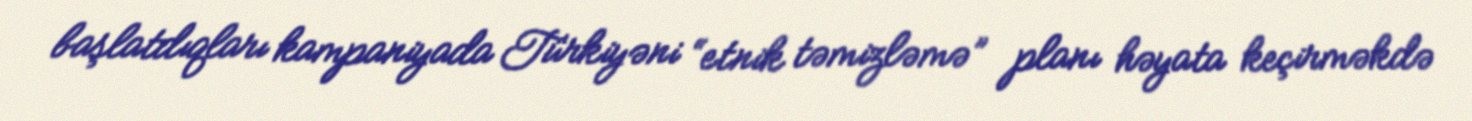
başlatdıqları kampaniyada Türkiyəni “etnik təmizləmə” planı həyata keçirməkdə